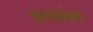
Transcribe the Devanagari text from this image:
पाणकोंबडा